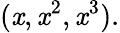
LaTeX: (\mathit{x},\mathit{x}^{2},\mathit{x}^{3}).